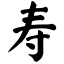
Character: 寿